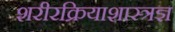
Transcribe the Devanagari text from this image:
शरीरक्रियाशास्त्रज्ञ